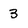
Character: 3